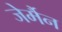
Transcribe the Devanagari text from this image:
जेर्मैन